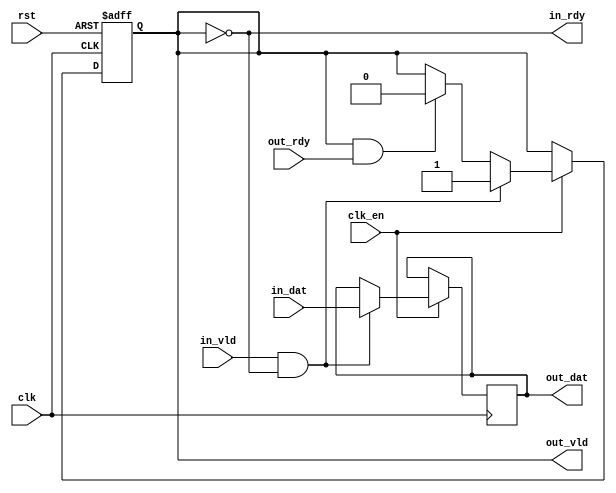
// stream_reg.v
// register for stream
// 2021, Rok Krajnc <rok.krajnc@gmail.com>


module stream_reg #(
  parameter DW = 32   // data width
)(
  // system
  input  wire           clk,      // clock
  input  wire           clk_en,   // clock enable
  input  wire           rst,      // reset
  // input
  input  wire           in_vld,   // input valid
  output wire           in_rdy,   // input ack
  input  wire [ DW-1:0] in_dat,   // input data
  // output
  output wire           out_vld,  // output valid
  input  wire           out_rdy,  // output ack
  output reg  [ DW-1:0] out_dat   // output data
);


//// input / output transfers
wire in_trn;
wire out_trn;

assign in_trn  = in_vld && in_rdy;
assign out_trn = out_vld && out_rdy;


//// full marker ////
reg full;

always @ ( posedge clk, posedge rst) begin
  if (rst) begin
    full    <= #1 1'b0;
  end else if (clk_en) begin
    if (in_trn)
      full <= #1 1'b1;
    else if (out_trn)
      full <= #1 1'b0;
  end
end


//// data reg ////
always @ (posedge clk) begin
  if (clk_en) begin
    if (in_trn) begin
      out_dat <= #1 in_dat;
    end
  end
end


//// assign stream outputs
assign in_rdy  = !full;
assign out_vld = full;


endmodule